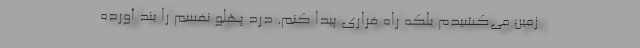
زمین می‌کشیدم بلکه راه فراری پیدا کنم. درد پهلو نفسم را بند آورده